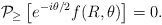
LaTeX: \begin{align*}{\cal P}_{\geq} \left[ e^{-i \theta /2}f(R,\theta) \right] =0.\end{align*}